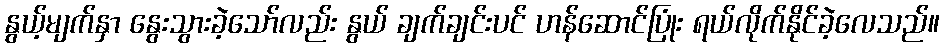
နွယ့်မျက်နှာ နွေးသွားခဲ့သော်လည်း နွယ် ချက်ချင်းပင် ဟန်ဆောင်ပြုံး ရယ်လိုက်နိုင်ခဲ့လေသည်။